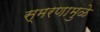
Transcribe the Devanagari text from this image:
स्‍मरणामुळे